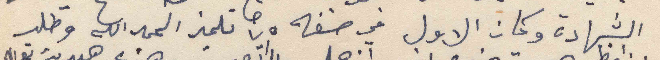
الشهادة وكان الاول في صفه ٧٥ تلميذ الحمدلله وطلب